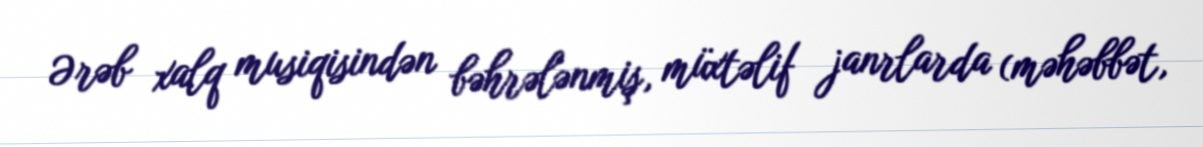
Ərəb xalq musiqisindən bəhrələnmiş, müxtəlif janrlarda (məhəbbət,